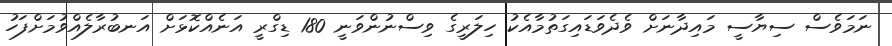
ނަމަވެސް ސިޔާސީ މައިދާނަށް ވެދެވަޑައިގަތުމާއެކު ހިލަރީގެ ވިސްނުންވަނީ 180 ޑިގްރީ އަނެއްކޮޅަށް އަނބުރާލެއްވުމަށްފަހު